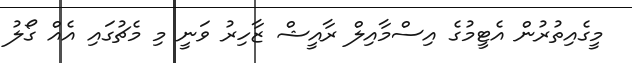
މީގެއިތުރުން އެޓީމުގެ އިސްމާއިލް ރާއީޝް ޒާހިރު ވަނީ މި މެޗުގައި އެއް ގޯލު